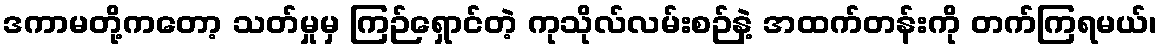
ဒကာမတို့ကတော့ သတ်မှုမှ ကြဉ်ရှောင်တဲ့ ကုသိုလ်လမ်းစဉ်နဲ့ အထက်တန်းကို တက်ကြရမယ်၊